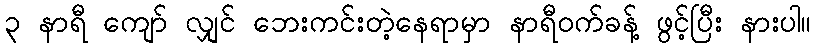
၃ နာရီ ကျော် လျှင် ဘေးကင်းတဲ့နေရာမှာ နာရီဝက်ခန့် ဖွင့်ပြီး နားပါ။